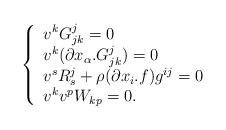
\begin{align*} \left\{ \begin{array}{l} v^k G^j_{jk}=0 \\ v^k (\partial x_\alpha.G^j_{jk})=0 \\ v^s R^j_s+\rho(\partial x_i.f)g^{ij}=0\\ v^kv^p W_{kp}=0.\\ \end{array} \right.\end{align*}